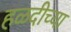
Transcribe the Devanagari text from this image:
हळदीच्या